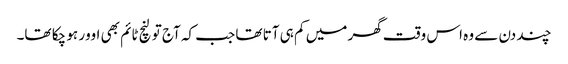
چند دن سے وہ اس وقت گھر میں کم ہی آتا تھا جب کہ آج تو لنچ ٹائم بھی اوور ہو چکا تھا۔